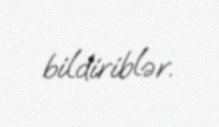
bildiriblər.